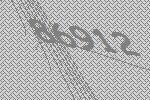
86912